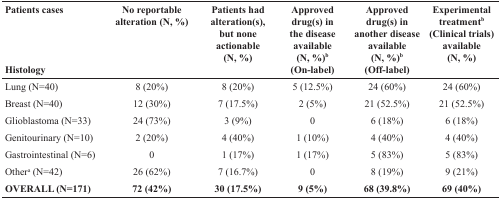
<table><thead><tr><td><b>Patients cases</b></td><td><b>No reportable alteration (N, %)</b></td><td><b>Patients had alteration(s), but none actionable (N, %)</b></td><td><b>Approved drug(s) in the disease available (N, %)<sup>b</sup></b></td><td><b>Approved drug(s) in another disease available (N, %)<sup>b</sup></b></td><td><b>Experimental treatment<sup>b</sup> (Clinical trials) available (N, %)</b></td></tr><tr><td><b>Histology</b></td><td></td><td></td><td><b>(On-label)</b></td><td><b>(Off-label)</b></td><td></td></tr></thead><tbody><tr><td>Lung (N=40)</td><td>8 (20%)</td><td>8 (20%)</td><td>5 (12.5%)</td><td>24 (60%)</td><td>24 (60%)</td></tr><tr><td>Breast (N=40)</td><td>12 (30%)</td><td>7 (17.5%)</td><td>2 (5%)</td><td>21 (52.5%)</td><td>21 (52.5%)</td></tr><tr><td>Glioblastoma (N=33)</td><td>24 (73%)</td><td>3 (9%)</td><td>0</td><td>6 (18%)</td><td>6 (18%)</td></tr><tr><td>Genitourinary (N=10)</td><td>2 (20%)</td><td>4 (40%)</td><td>1 (10%)</td><td>4 (40%)</td><td>4 (40%)</td></tr><tr><td>Gastrointestinal (N=6)</td><td>0</td><td>1 (17%)</td><td>1 (17%)</td><td>5 (83%)</td><td>5 (83%)</td></tr><tr><td>Other<sup>a</sup> (N=42)</td><td>26 (62%)</td><td>7 (16.7%)</td><td>0</td><td>8 (19%)</td><td>9 (21%)</td></tr><tr><td><b>OVERALL (N=171)</b></td><td><b>72 (42%)</b></td><td><b>30 (17.5%)</b></td><td><b>9 (5%)</b></td><td><b>68 (39.8%)</b></td><td><b>69 (40%)</b></td></tr></tbody></table>